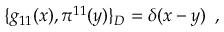
\{ g _ { 1 1 } ( x ) , \pi ^ { 1 1 } ( y ) \} _ { D } = \delta ( x - y ) \, \, \, ,